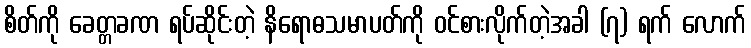
စိတ်ကို ခေတ္တခဏ ရပ်ဆိုင်းတဲ့ နိရောဓသမာပတ်ကို ဝင်စားလိုက်တဲ့အခါ (၇) ရက် လောက်